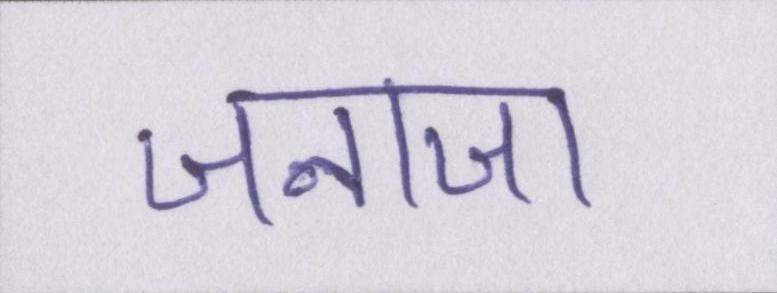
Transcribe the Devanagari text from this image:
जनाजा